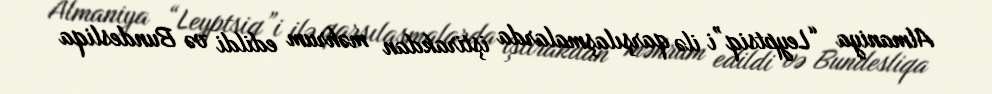
Almaniya “Leyptsiq”i ilə qarşılaşmalarda iştirakdan məhrum edildi və Bundesliqa